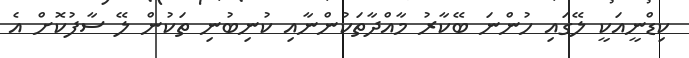
ކިޑްނީއަކީ ލޭގައި ހުންނަ ބޭކާރު މާއްދާތަކުންނާއި ކުނިބުނި ތަކުން ލޭ ސާފުކޮށް އެ